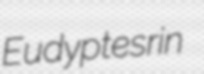
Eudyptes rin